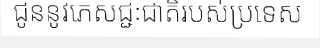
ជូននូវភេសជ្ជៈជាតិរបស់ប្រទេស